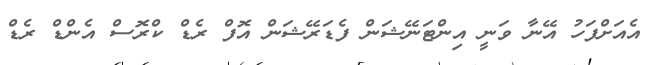
އެއަށްފަހު އޭނާ ވަނީ އިންޓަނޭޝަން ފެޑަރޭޝަން އޮފް ރެޑް ކްރޮސް އެންޑް ރެޑް